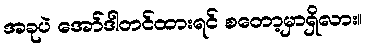
အခုပဲ အော်ဒါတင်ထားရင် စတော့မှာရှိလား။